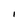
Character: I